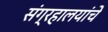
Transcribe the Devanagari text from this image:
संग्रहालयांचे